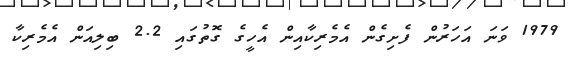
1979 ވަނަ އަހަރުން ފެށިގެން އެމެރިކާއިން އެހީގެ ގޮތުގައި 2.2 ބިލިއަން އެމެރިކާ